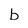
Character: b